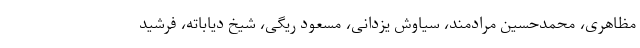
مظاهری، محمدحسین مرادمند، سیاوش یزدانی، مسعود ریگی، شیخ دیاباته، فرشید